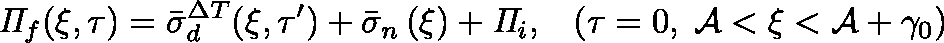
\mathit { \Pi } _ { f } ( \xi , \tau ) = \bar { \sigma } _ { d } ^ { \Delta T } ( \xi , \tau ^ { \prime } ) + \bar { \sigma } _ { n } \left( \xi \right) + \mathit { \Pi } _ { i } , \; \; \; \left( \tau = 0 , \; \mathcal { A } < \xi < \mathcal { A } + \gamma _ { 0 } \right)